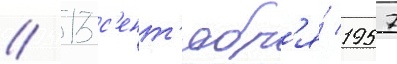
/ 13 с'ент'ябр'я́ 1957